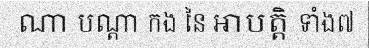
ណា បណ្តា កង នៃ អាបត្តិ ទាំង៧